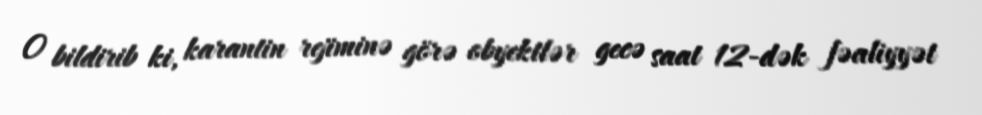
O bildirib ki, karantin rejiminə görə obyektlər gecə saat 12-dək fəaliyyət